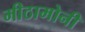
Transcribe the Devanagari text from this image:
मीठामोनी